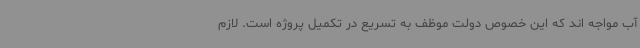
آب مواجه اند که این خصوص دولت موظف به تسریع در تکمیل پروژه است. لازم